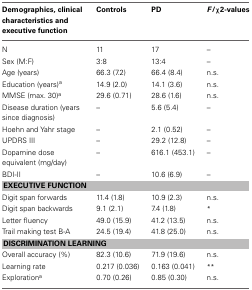
| Demographics, clinical characteristics and executive function | Controls | PD | F/χ 2-values |
 | --- | --- | --- | --- |
 | N | 11 | 17 | – |
 | Sex (M:F) | 3:8 | 13:4 | – |
 | Age (years) | 66.3 (7.2) | 66.4 (8.4) | n.s. |
 | Education (years)a | 14.9 (2.0) | 14.1 (3.6) | n.s. |
 | MMSE (max. 30)a | 29.6 (0.71) | 28.6 (1.6) | n.s. |
 | Disease duration (years since diagnosis) | – | 5.6 (5.4) | – |
 | Hoehn and Yahr stage | – | 2.1 (0.52) | – |
 | UPDRS III | – | 29.2 (12.8) | – |
 | Dopamine dose equivalent (mg/day) | – | 616.1 (453.1) | – |
 | BDI-II | – | 10.6 (6.9) | – |
 | <COLSPAN=4> EXECUTIVE FUNCTION |
 | Digit span forwards | 11.4 (1.8) | 10.9 (2.3) | n.s. |
 | Digit span backwards | 9.1 (2.1) | 7.4 (1.8) | * |
 | Letter fluency | 49.0 (15.9) | 41.2 (13.5) | n.s. |
 | Trail making test B-A | 24.5 (19.4) | 41.8 (25.0) | n.s. |
 | <COLSPAN=4> DISCRIMINATION LEARNING |
 | Overall accuracy (%) | 82.3 (10.6) | 71.9 (19.6) | n.s. |
 | Learning rate | 0.217 (0.036) | 0.163 (0.041) | ** |
 | Explorationa | 0.70 (0.26) | 0.85 (0.30) | n.s. |